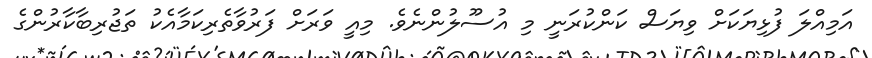
އަމިއްލަ ފުޅިޔަކަށް ވިޔަސް ކަންކުރަނީ މި އުސޫލުންނެވެ. މިއީ ވަރަށް ފަރުވާތެރިކަމާއެކު ތަޖުރިބާކާރުންގެ